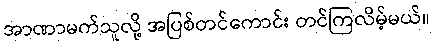
အာဏာမက်သူလို့ အပြစ်တင်ကောင်း တင်ကြလိမ့်မယ်။